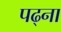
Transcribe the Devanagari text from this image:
पढ्ना